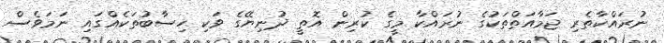
ނުރައްކާތެރި ޖަމާއަތްތަކުގެ ނުރައްކާ މީގެ ކުރިން އޮތީ ދުނިޔޭގެ ވަކި ހިސާބުތަކެއްގައި ނަމަވެސް